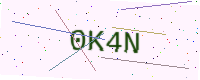
Text: 0K4N